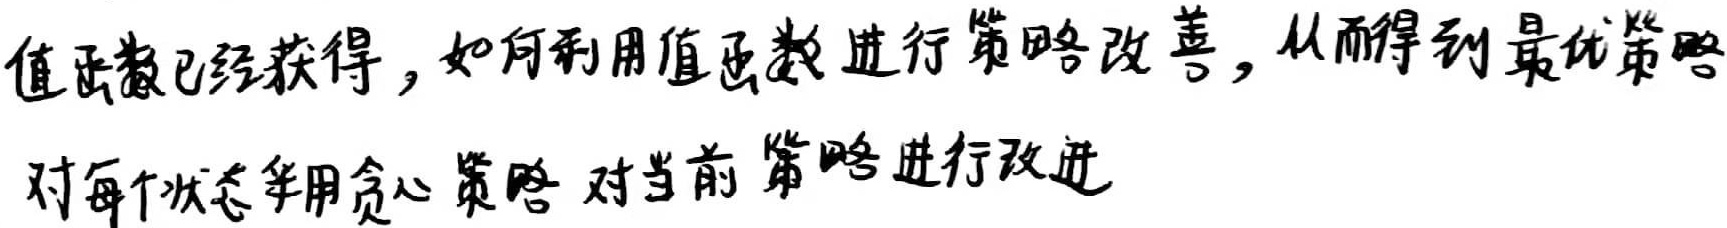
值函数已经获得，如何利用值函数进行策略改善，从而得到最优策略
对每个状态采用贪心策略对当前策略进行改进